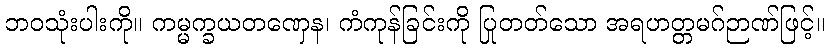
ဘဝသုံးပါးကို။ ကမ္မက္ခယတဏှေန၊ ကံကုန်ခြင်းကို ပြုတတ်သော အရဟတ္တမဂ်ဉာဏ်ဖြင့်။